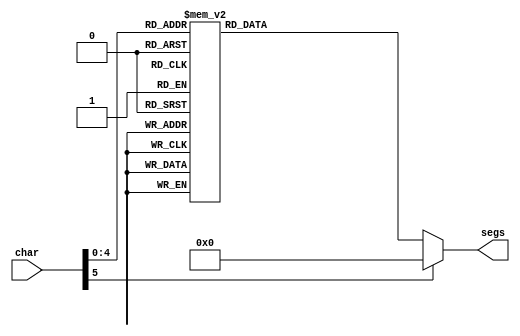
/*
   This file was generated automatically by the Mojo IDE version B1.3.6.
   Do not edit this file directly. Instead edit the original Lucid source.
   This is a temporary file and any changes made to it will be destroyed.
*/

module seven_seg_5 (
    input [5:0] char,
    output reg [6:0] segs
  );
  
  
  
  always @* begin
    
    case (char)
      1'h0: begin
        segs = 7'h3f;
      end
      1'h1: begin
        segs = 7'h06;
      end
      2'h2: begin
        segs = 7'h5b;
      end
      2'h3: begin
        segs = 7'h4f;
      end
      3'h4: begin
        segs = 7'h66;
      end
      3'h5: begin
        segs = 7'h6d;
      end
      3'h6: begin
        segs = 7'h7d;
      end
      3'h7: begin
        segs = 7'h07;
      end
      4'h8: begin
        segs = 7'h7f;
      end
      4'h9: begin
        segs = 7'h67;
      end
      4'ha: begin
        segs = 7'h39;
      end
      4'hb: begin
        segs = 7'h77;
      end
      4'hc: begin
        segs = 7'h5e;
      end
      4'hd: begin
        segs = 7'h7c;
      end
      4'he: begin
        segs = 7'h7b;
      end
      4'hf: begin
        segs = 7'h50;
      end
      5'h10: begin
        segs = 7'h49;
      end
      5'h11: begin
        segs = 7'h38;
      end
      5'h12: begin
        segs = 7'h74;
      end
      5'h13: begin
        segs = 7'h54;
      end
      5'h14: begin
        segs = 7'h1c;
      end
      5'h15: begin
        segs = 7'h00;
      end
      5'h16: begin
        segs = 7'h79;
      end
      5'h17: begin
        segs = 7'h79;
      end
      5'h18: begin
        segs = 7'h4c;
      end
      5'h19: begin
        segs = 7'h0c;
      end
      default: begin
        segs = 7'h00;
      end
    endcase
  end
endmodule